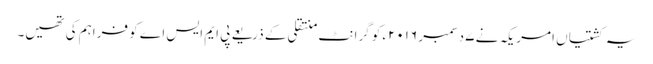
یہ کشتیاں امریکہ نے ۷ ِدسمبر ۲۰۱۶ء کو گرانٹ منتقلی کے ذریعے پی ایم ایس اے کو فراہم کی تھیں۔